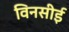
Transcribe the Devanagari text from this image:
विनसीई